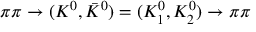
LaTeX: \pi \pi \to ( K ^ { 0 } , \bar { K } ^ { 0 } ) = ( K _ { 1 } ^ { 0 } , K _ { 2 } ^ { 0 } ) \to \pi \pi